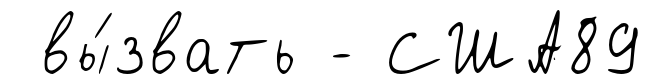
вы́звать - США89